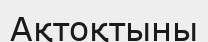
Ақтоқтыны